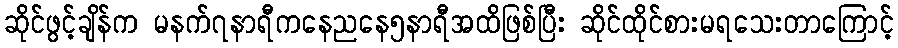
ဆိုင်ဖွင့်ချိန်က မနက်၇နာရီကနေညနေ၅နာရီအထိဖြစ်ပြီး ဆိုင်ထိုင်စားမရသေးတာကြောင့်